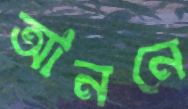
আননে